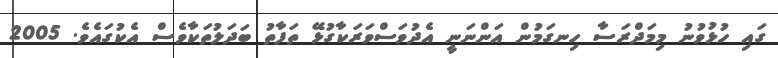
ގައި ހުޅުވުނު މިމަދްރަސާ ހިނގަމުން އަންނަނީ އެދުވަސްވަރަކާގުޅޭ ތަފާތު ބަދަލުތަކާވެސް އެކުގައެވެ. 2005